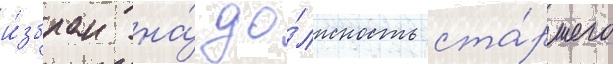
и́збран на́ до́лжность ста́ршего